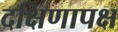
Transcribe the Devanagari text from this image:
दक्षिणापक्ष